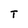
Character: T